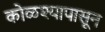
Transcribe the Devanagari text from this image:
कोळश्यापासून